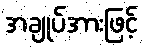
အချုပ်အားဖြင့်